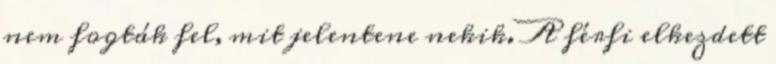
nem fogták fel, mit jelentene nekik. A férfi elkezdett